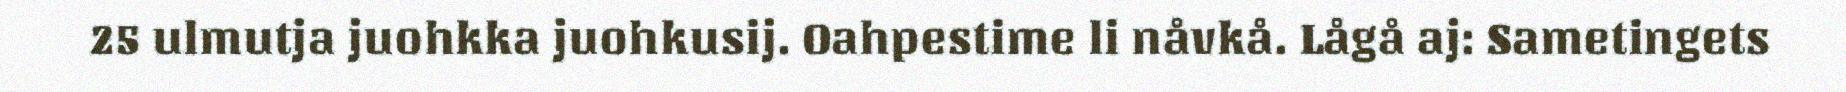
25 ulmutja juohkka juohkusij. Oahpestime li nåvkå. Lågå aj: Sametingets